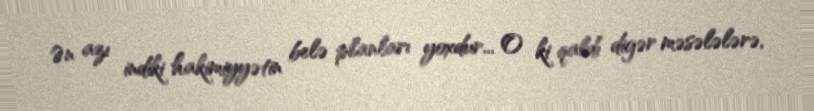
Ən azı indiki hakimiyyətin belə planları yoxdur... O ki qaldı digər məsələlərə,